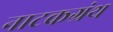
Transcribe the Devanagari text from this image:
नाटकग्रंथ